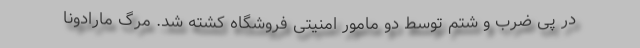
در پی ضرب و شتم توسط دو مامور امنیتی فروشگاه کشته شد. مرگ مارادونا